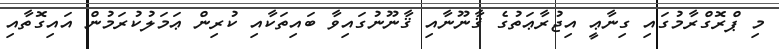
މި ޕްރޮގްރާމުގައި ގިނާޢީ އިޖުރާޢަތުގެ ޤާނޫނާއި ޤާނޫނުގައިވާ ބައިތަކާއި ކުރިން ޢަމަލުކުރަމުން އައިގޮތާއި